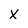
Character: X